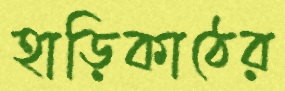
হাড়িকাঠের